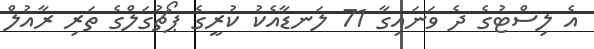
އެ ލިސްޓުގެ ދެ ވަނައިގާ 71 ލަނޑާއެކު ކުރީގެ ޕޯޗުގަލްގެ ތަރި ރާއުލް